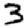
Digit: 3